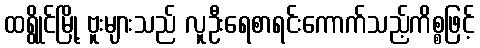
ထရွိုင်မြို့ ဗူးများသည် လူဦးရေစာရင်းကောက်သည့်ကိစ္စဖြင့်